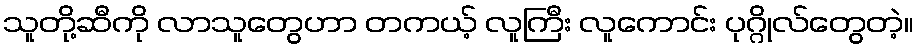
သူတို့ဆီကို လာသူတွေဟာ တကယ့် လူကြီး လူကောင်း ပုဂ္ဂိုလ်တွေတဲ့။